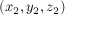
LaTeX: ( x _ { 2 } , y _ { 2 } , z _ { 2 } )